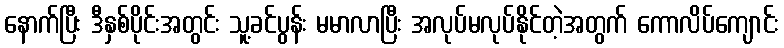
နောက်ပြီး ဒီနှစ်ပိုင်းအတွင်း သူ့ခင်ပွန်း မမာလာပြီး အလုပ်မလုပ်နိုင်တဲ့အတွက် ကောလိပ်ကျောင်း